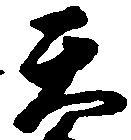
天